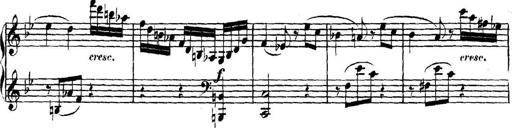
Title: Collected Piano Sonatas
Composer: Muzio Clementi